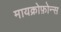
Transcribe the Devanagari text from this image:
मायक्रोफ़ोन्स